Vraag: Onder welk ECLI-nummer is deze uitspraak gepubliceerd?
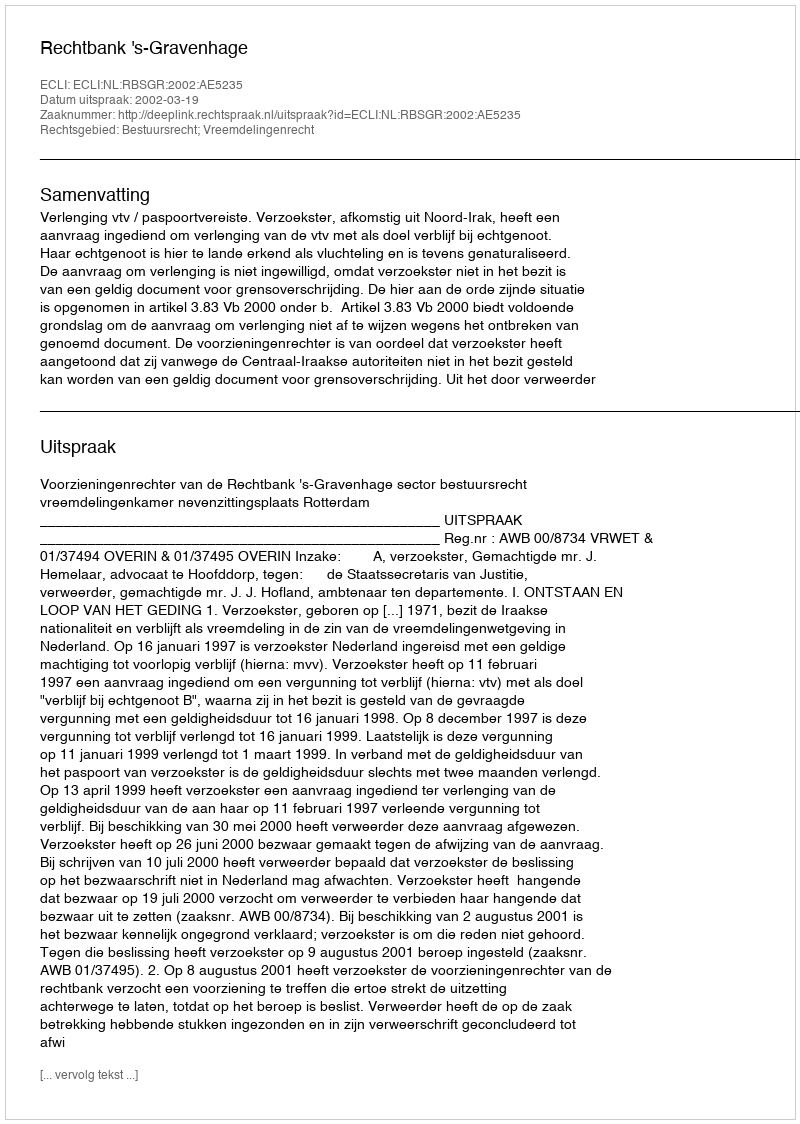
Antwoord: ECLI:NL:RBSGR:2002:AE5235